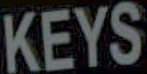
KEYS